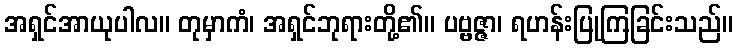
အရှင်အာယုပါလ။ တုမှာကံ၊ အရှင်ဘုရားတို့၏။ ပဗ္ဗဇ္ဇာ၊ ရဟန်းပြုကြခြင်းသည်။